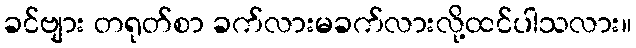
ခင်ဗျား တရုတ်စာ ခက်လားမခက်လားလို့ထင်ပါသလား။